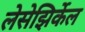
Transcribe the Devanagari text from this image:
लेसेझिर्केल